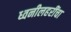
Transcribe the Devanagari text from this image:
ध्वनीलहरींचा